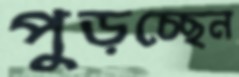
পুড়চ্ছেন